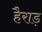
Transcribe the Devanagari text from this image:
हैराड़